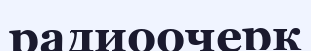
радиоочерк